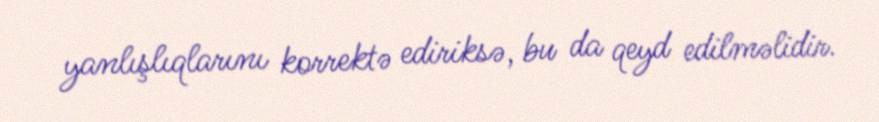
yanlışlıqlarını korrektə ediriksə, bu da qeyd edilməlidir.